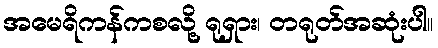
အမေရိကန်ကစလို့ ရုရှား၊ တရုတ်အဆုံးပါ။